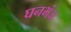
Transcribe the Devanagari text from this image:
घनभंज